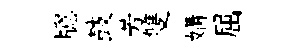
牕鼓芳雙媾屈